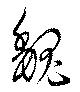
魏